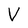
Character: V